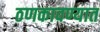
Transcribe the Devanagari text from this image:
ठणकावण्यात